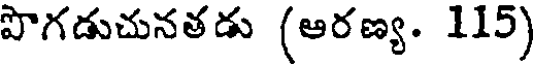
పొగడుచునతడు (ఆరణ్య. 115)